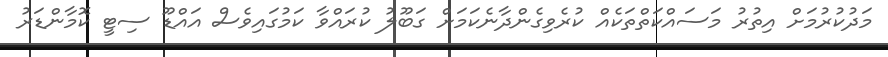
މަދުކުރުމަށް އިތުރު މަސައްކަތްތަކެއް ކުރެވިގެންދާނެކަމަށް ގަބޫލު ކުރައްވާ ކަމުގައިވެސް އައްޑޫ ސިޓީ ކޮމާންޑަރު